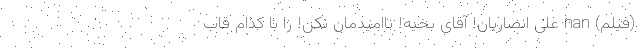
(فیلم) nan علی انصاریان! آقای بخیه! ناامیدمان نکن! را با کدام قاب